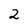
Character: 2